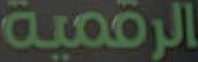
الرقمية